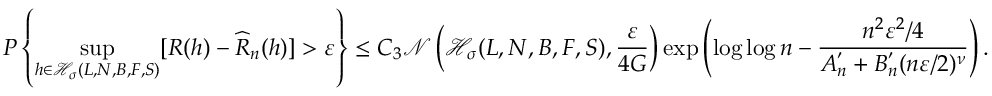
P \left\{ \underset { h \in \mathcal { H } _ { \sigma } ( L , N , B , F , S ) } { \operatorname* { s u p } } [ R ( h ) - \widehat { R } _ { n } ( h ) ] > \varepsilon \right\} \leq C _ { 3 } \mathcal { N } \left( \mathcal { H } _ { \sigma } ( L , N , B , F , S ) , \frac { \varepsilon } { 4 G } \right) \exp \left( \log \log n - \frac { n ^ { 2 } \varepsilon ^ { 2 } / 4 } { A _ { n } ^ { ' } + B _ { n } ^ { ' } ( n \varepsilon / 2 ) ^ { \nu } } \right) .